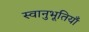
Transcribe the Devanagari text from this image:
स्वानुभूतियाँ